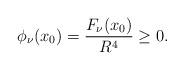
LaTeX: \begin{align*} \phi_{\nu}(x_0)=\frac{F_{\nu}(x_0)}{R^4}\geq0.\end{align*}